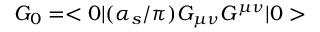
G _ { 0 } = < 0 | ( \alpha _ { s } / \pi ) G _ { \mu \nu } G ^ { \mu \nu } | 0 >